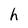
Character: h